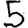
Digit: 5